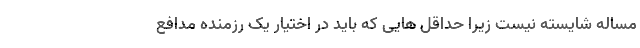
مساله شایسته نیست زیرا حداقل هایی که باید در اختیار یک رزمنده مدافع